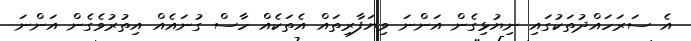
އެ ސަރަހައްދުތަކުގައި ނިޔުޅިގެން އަންނަ ވިޔަފާރިތައް އެތަކެއް ހާސް ގުނައެއް އިތުރުވެގެން އަންނަ